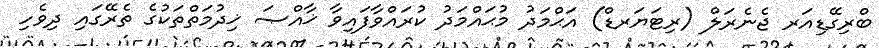
ބްރިގޭޑިއަރ ޖެނެރަލް (ރިޓަޔަރޑް) އަޙްމަދު މުޙައްމަދު ކުރައްވާފައިވާ ޚާއްޞަ ޚިދުމަތްތަކުގެ ތެރޭގައި ދިވެހި